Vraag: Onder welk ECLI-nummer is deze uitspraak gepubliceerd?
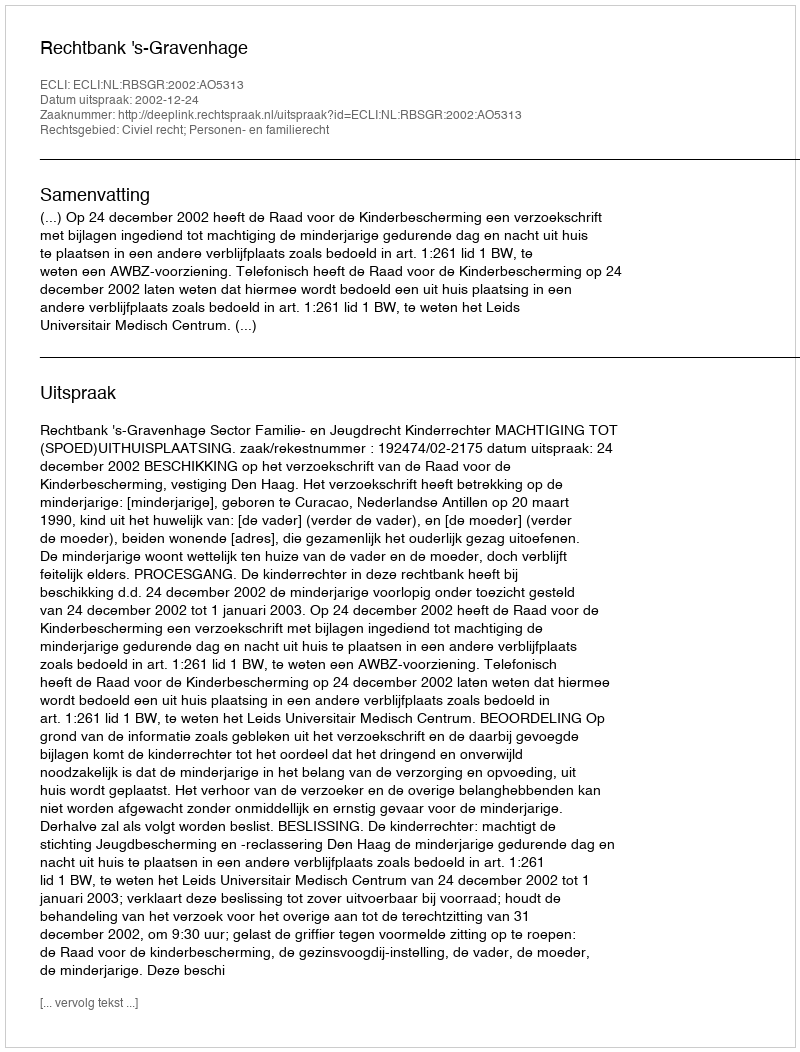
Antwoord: ECLI:NL:RBSGR:2002:AO5313